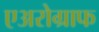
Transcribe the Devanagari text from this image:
एअरोग्राफ